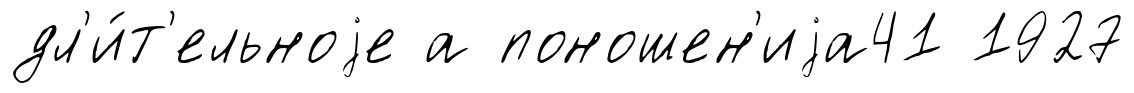
дл'и́т'ельноjе а поношен'иjа41 1927